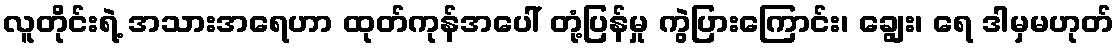
လူတိုင်းရဲ့ အသားအရေဟာ ထုတ်ကုန်အပေါ် တုံ့ပြန်မှု ကွဲပြားကြောင်း၊ ချွေး၊ ရေ ဒါမှမဟုတ်